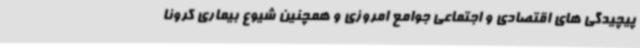
پیچیدگی های اقتصادی و اجتماعی جوامع امروزی و همچنین شیوع بیماری کرونا